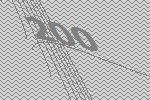
200